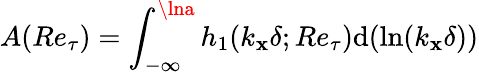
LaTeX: A(Re_{\tau})=\int_{-\infty}^{\lna}h_{1}(k_{\mathbf{x}}\delta;Re_{\tau})\mathrm{{d}}(\ln(k_{\mathbf{x}}\delta))